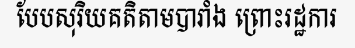
បែបសុរិយគតិតាមបារាំង ព្រោះរដ្ឋការ